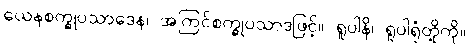
ယေနစက္ခုပသာဒေန၊ အကြင်စက္ခုပသာဒဖြင့်။ ရူပါနိ၊ ရူပါရုံတို့ကို။